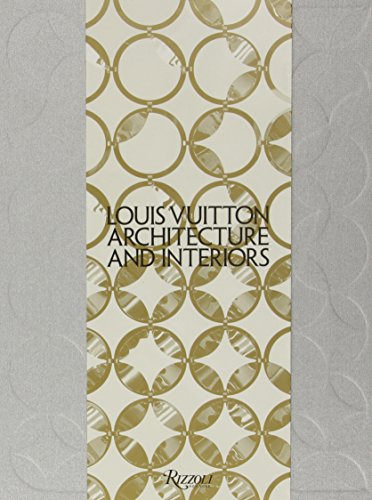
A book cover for Louis Vuitton: Architecture and Interiors (Highlight); Frederic Edelmann; Arts & Photography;